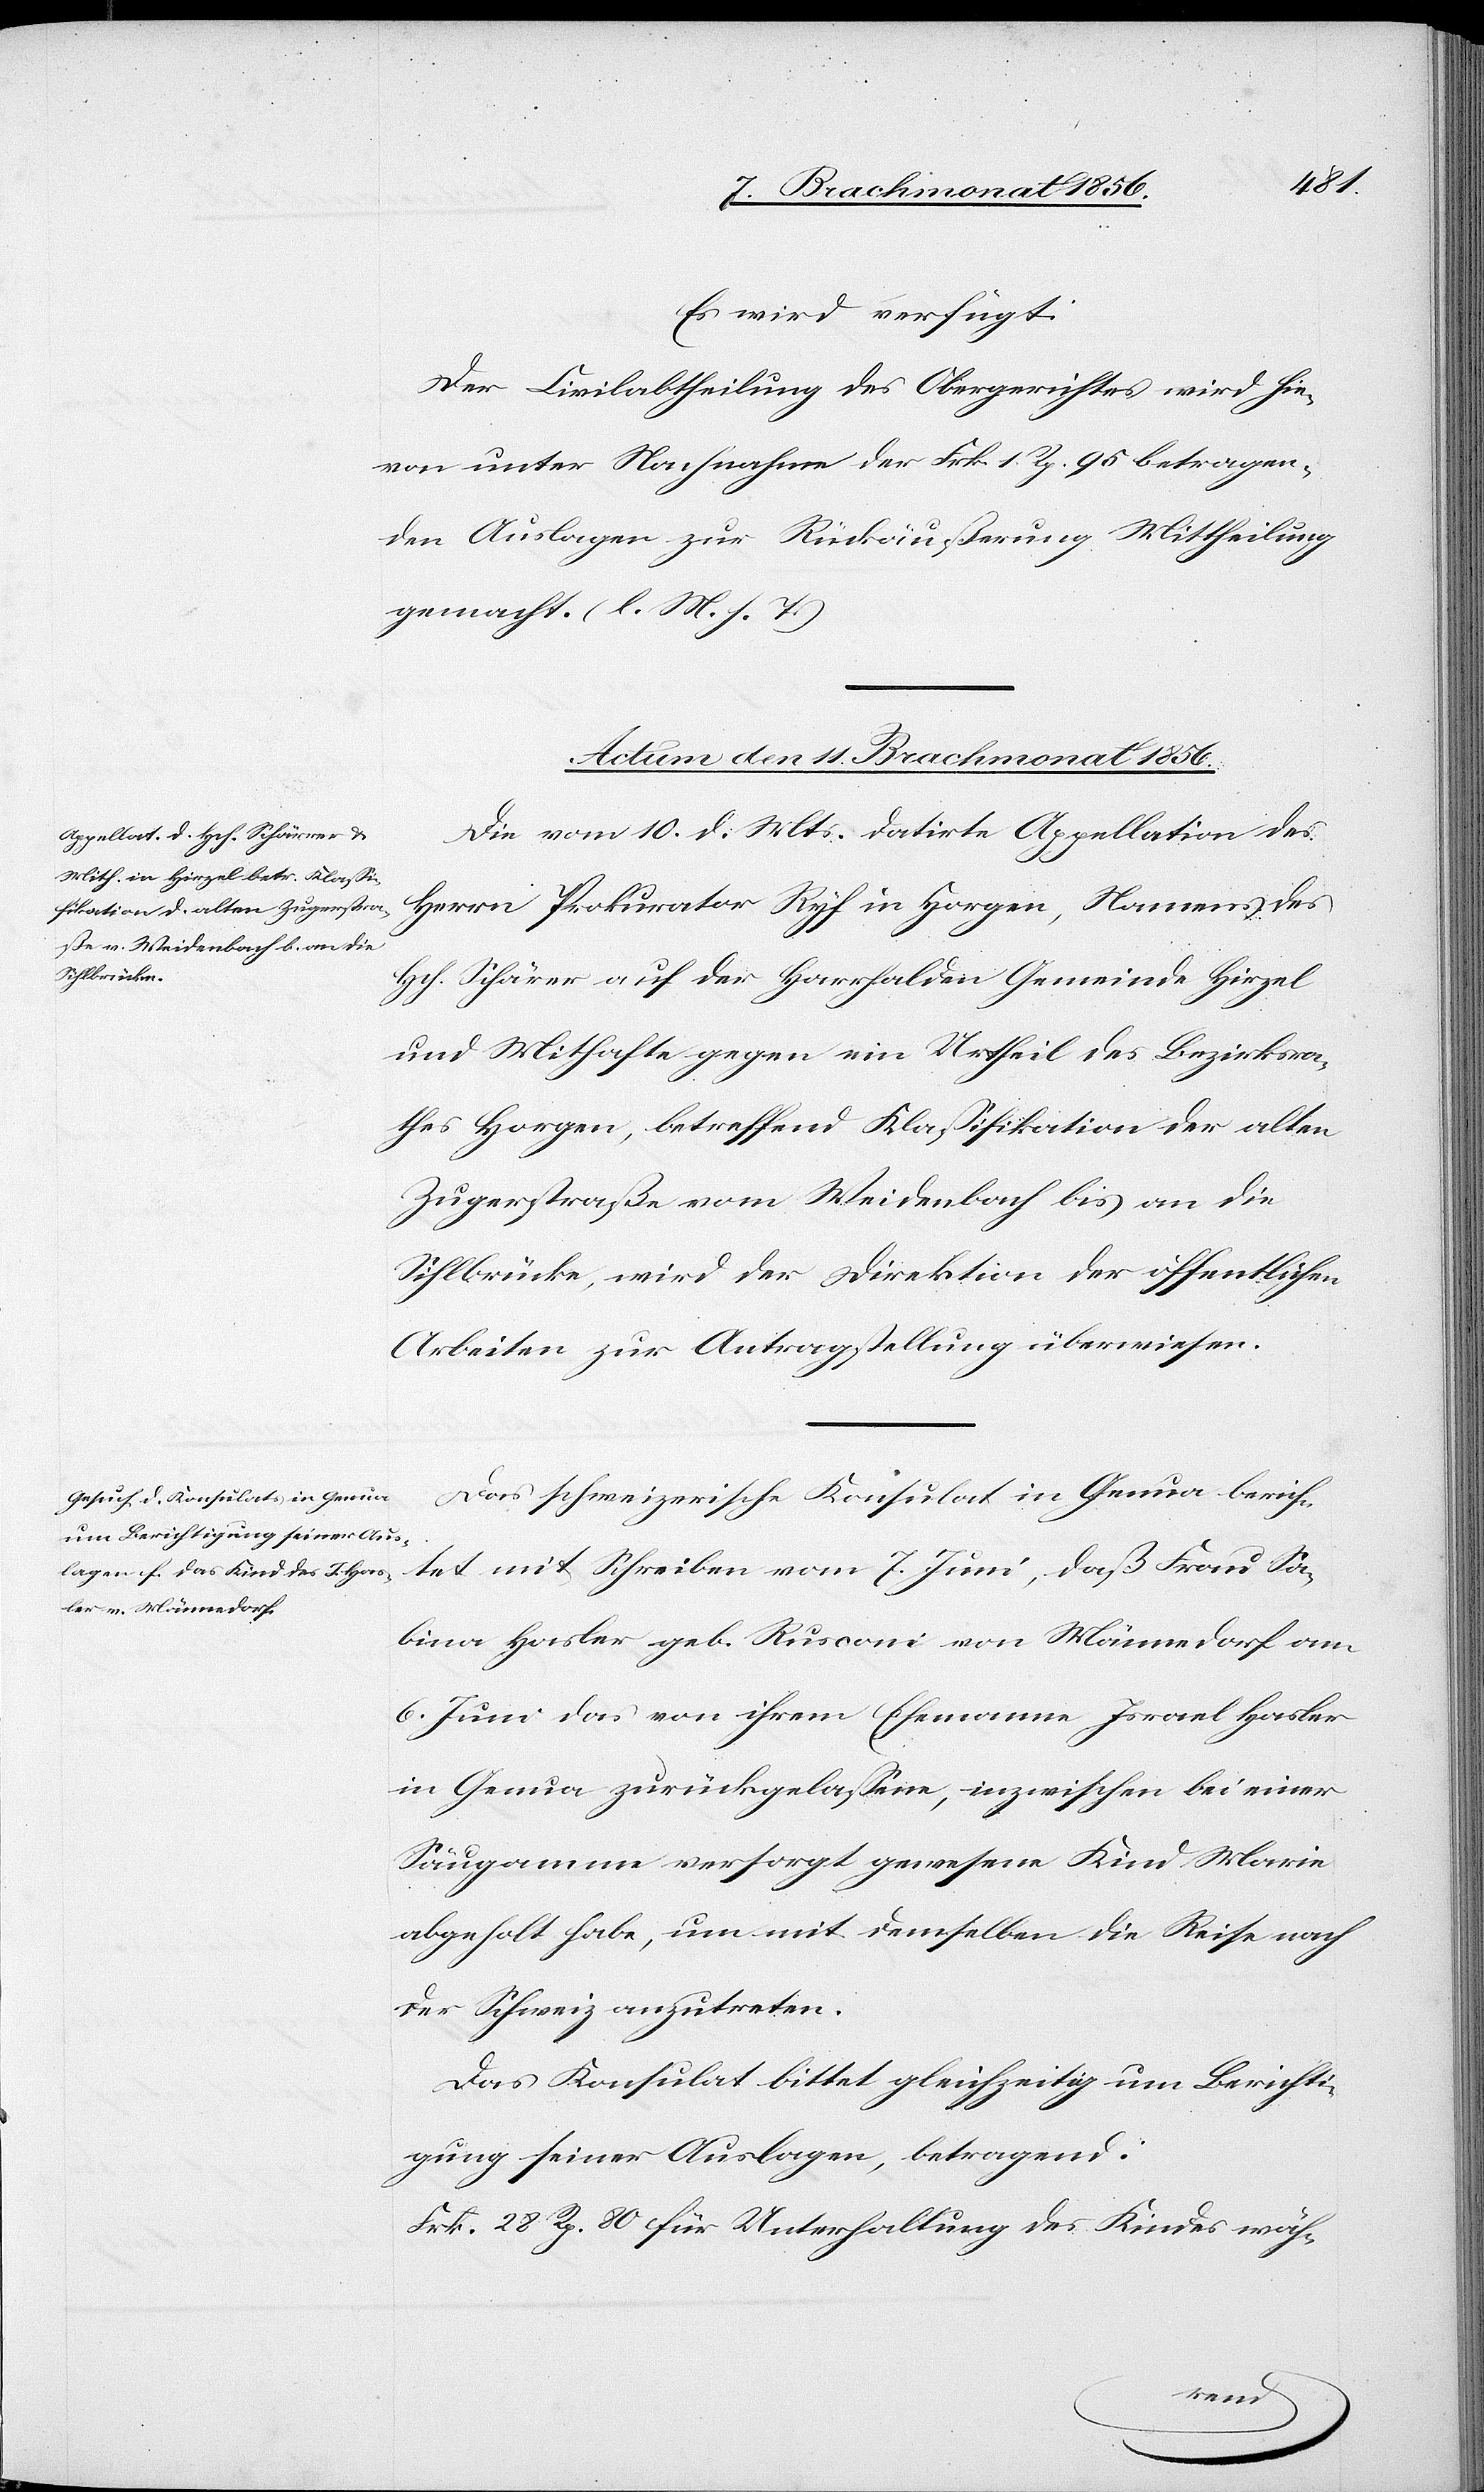
80
Es wird verfügt:
Der Civilabtheilung des Obergerichtes wird hie¬
von unter Nachnahme der Frk. 1. Rp. 95 betragen¬
den Auslagen zur Rückäußerung Mittheilung
gemacht. (l. M. h. T.)
Actum den 11. Brachmonat 1856.]
Die vom 10. d. Mts. datirte Appellation des
Herrn Prokurator Ryf in Horgen, Namens des
Hch. Schärer [sic!] auf der Harrhalden Gemeinde Hirzel
und Mithafte gegen ein Urtheil des Bezirksra¬
thes Horgen, betreffend Klassifikation der alten
Zugerstraße vom Weidenbach bis an die
Sihlbrücke, wird der Direktion der öffentlichen
Arbeiten zur Antragstellung überwiesen.
Das schweizerische Konsulat in Genua berich¬
tet mit Schreiben vom 7. Juni, daß Frau Sa¬
bina Hasler geb. Rusconi von Männedorf am
6. Juni das von ihrem Ehemanne Israel Hasler
in Genua zurückgelassene, inzwischen bei einer
Säugamme versorgt gewesene Kind Marie
abgeholt habe, um mit demselben die Reise nach
der Schweiz anzutreten.
Das Konsulat bittet gleichzeitig um Berichti¬
gung seiner Auslagen, betragend: